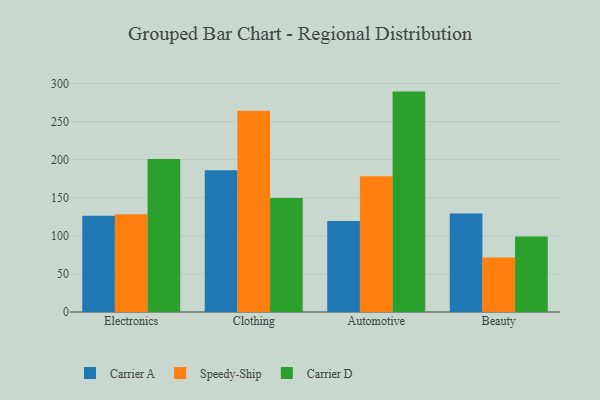
{"axis": {"x": "Category", "y": "Headcount"}, "legend": ["Carrier A", "Carrier D", "Speedy-Ship"], "data": [{"x": "Electronics", "y": 126.5, "type": "Carrier A"}, {"x": "Electronics", "y": 128.4, "type": "Speedy-Ship"}, {"x": "Electronics", "y": 200.7, "type": "Carrier D"}, {"x": "Clothing", "y": 186.0, "type": "Carrier A"}, {"x": "Clothing", "y": 264.2, "type": "Speedy-Ship"}, {"x": "Clothing", "y": 149.7, "type": "Carrier D"}, {"x": "Automotive", "y": 119.4, "type": "Carrier A"}, {"x": "Automotive", "y": 178.3, "type": "Speedy-Ship"}, {"x": "Automotive", "y": 289.3, "type": "Carrier D"}, {"x": "Beauty", "y": 129.4, "type": "Carrier A"}, {"x": "Beauty", "y": 71.5, "type": "Speedy-Ship"}, {"x": "Beauty", "y": 99.2, "type": "Carrier D"}]}